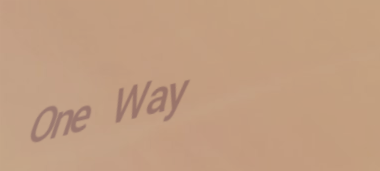
One Way